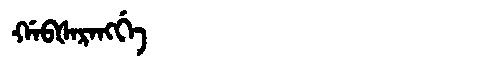
Manchu: ᡤᠠᠪᡧᠠᡵᠠᠩᡤᡝ
Romanization: GABŠARANGGE